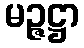
မဉ္ဇဋ္ဌာ